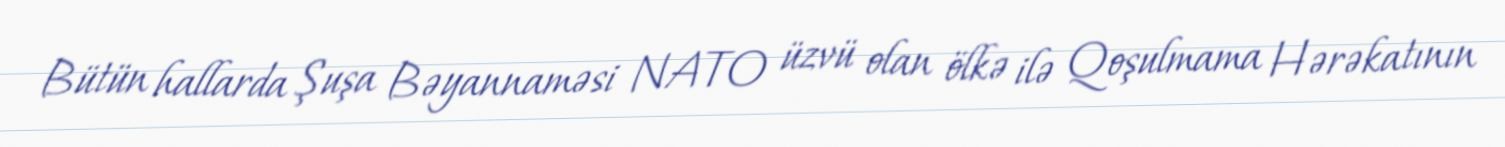
Bütün hallarda Şuşa Bəyannaməsi NATO üzvü olan ölkə ilə Qoşulmama Hərəkatının